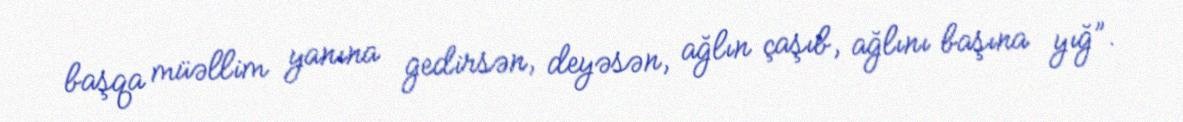
başqa müəllim yanına gedirsən, deyəsən, ağlın çaşıb, ağlını başına yığ”.